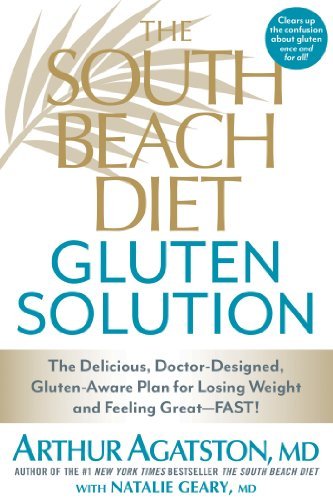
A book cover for By Arthur Agatston The South Beach Diet Gluten Solution: The Delicious, Doctor-Designed, Gluten-Aware Plan for Losing W (Reprint) [Paperback]; Health, Fitness & Dieting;